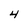
Character: 4